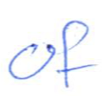
Text: of
Cross-out: clean
Writing tool: ballpoint